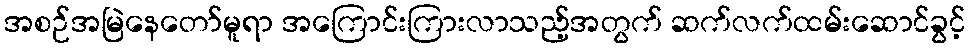
အစဉ်အမြဲနေတော်မူရာ အကြောင်းကြားလာသည့်အတွက် ဆက်လက်ထမ်းဆောင်ခွင့်